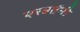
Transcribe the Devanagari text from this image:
परवर्तनी